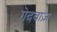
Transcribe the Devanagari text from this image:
गेदबाज़